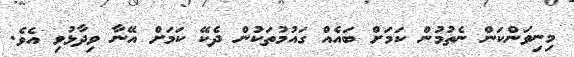
މިނިވަންކަން ނެތުމުން ކަމަށް ބައެއް ގައުމުތަކުން ދެކޭ ކަމަށް އޭނާ ވިދާޅުވި އެވެ.